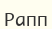
Рапп